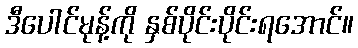
ဒီပေါင်မုန့်ကို နှစ်ပိုင်းပိုင်းရအောင်။